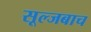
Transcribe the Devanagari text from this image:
सूल्जबाच